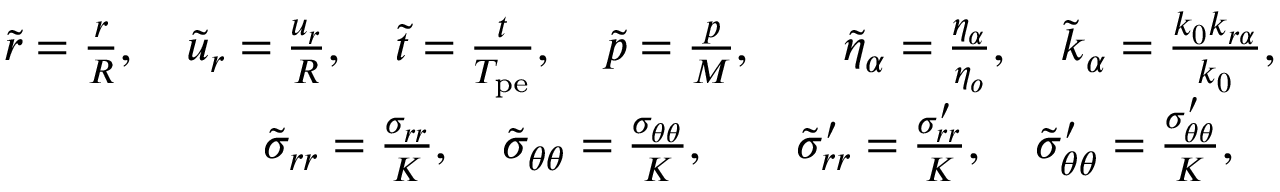
\begin{array} { r l } { \tilde { r } = \frac { r } { R } , \quad \tilde { u } _ { r } = \frac { u _ { r } } { R } , \quad \tilde { t } = \frac { t } { T _ { \mathrm { p e } } } , \quad \tilde { p } = \frac { p } { M } , } & { \quad \tilde { \eta } _ { \alpha } = \frac { \eta _ { \alpha } } { \eta _ { o } } , \quad \tilde { k } _ { \alpha } = \frac { k _ { 0 } k _ { r \alpha } } { k _ { 0 } } , \quad } \\ { \tilde { \sigma } _ { r r } = \frac { \sigma _ { r r } } { K } , \quad \tilde { \sigma } _ { \theta \theta } = \frac { \sigma _ { \theta \theta } } { K } , \quad } & { \tilde { \sigma } _ { r r } ^ { \prime } = \frac { \sigma _ { r r } ^ { \prime } } { K } , \quad \tilde { \sigma } _ { \theta \theta } ^ { \prime } = \frac { \sigma _ { \theta \theta } ^ { \prime } } { K } , } \end{array}